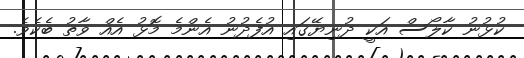
ކުޅުނު ކާލޯސް އަކީ ދުނިޔޭގައި އުފެދުނު އެންމެ މޮޅު އެއް ވާތު ބެކެވެ.